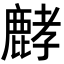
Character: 𪊷